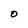
Character: O